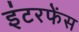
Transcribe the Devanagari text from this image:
इंटरफेंस